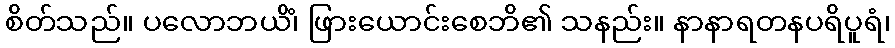
စိတ်သည်။ ပလောဘယိံ၊ ဖြားယောင်းစေဘိ၏ သနည်း။ နာနာရတနပရိပူရံ၊